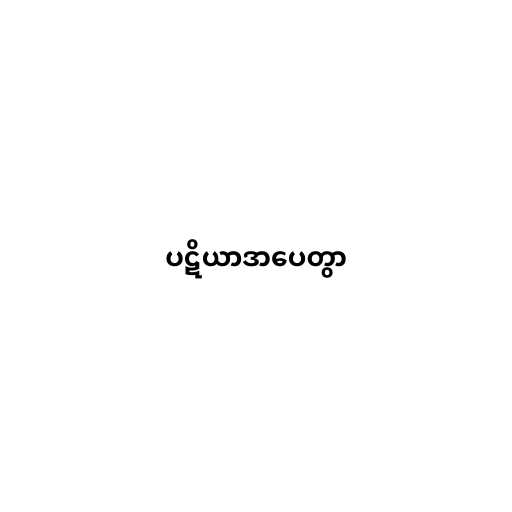
ပဋိယာဒာပေတွာ